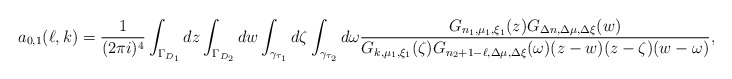
\begin{align*}a_{0,1}(\ell,k)=\frac 1{(2\pi i)^4}\int_{\Gamma_{D_1}}dz\int_{\Gamma_{D_2}}dw\int_{\gamma_{\tau_1}}d\zeta\int_{\gamma_{\tau_2}}d\omega\frac{G_{n_1,\mu_1,\xi_1}(z)G_{\Delta n,\Delta\mu,\Delta\xi}(w)}{G_{k,\mu_1,\xi_1}(\zeta)G_{n_2+1-\ell,\Delta\mu,\Delta\xi}(\omega)(z-w)(z-\zeta)(w-\omega)},\end{align*}